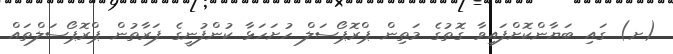
(ށ) ގައި ބަޔާންކޮށްފައިވާ ގޮތުގެ މަތިން ޕްރޮޕޯސަލް ހުށަހަޅާ ކުންފުނީގެ ފަރާތުން ޕްރޮޕޯސަލްތައް